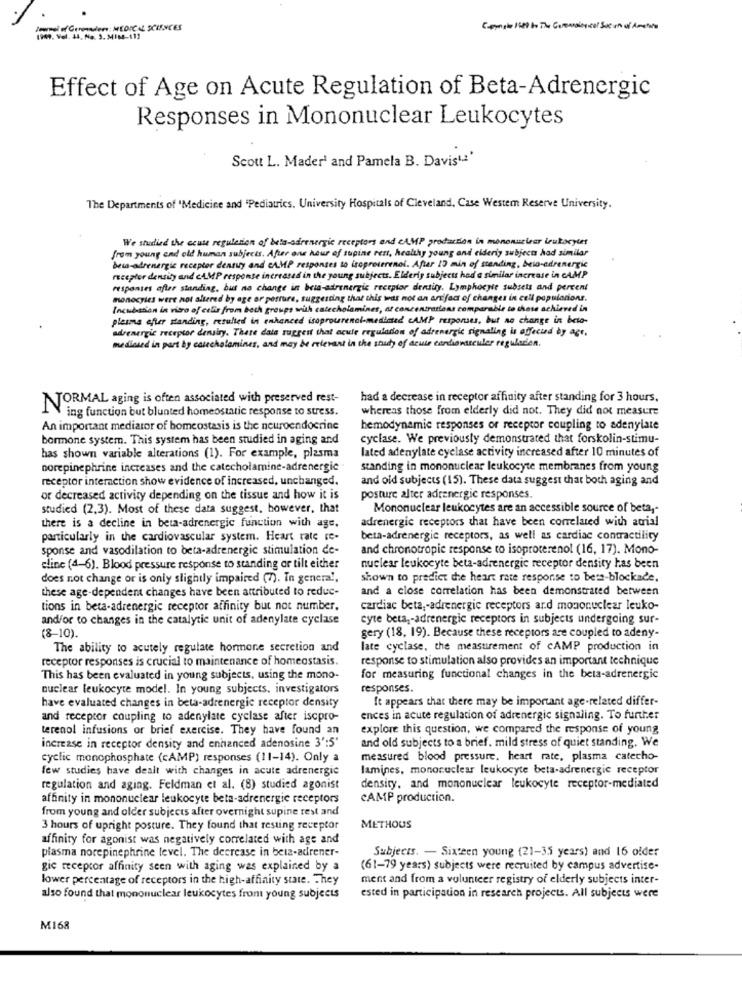
Journal of Geronnulers: MEDICAL SCIENCES
1949, Vol. 44, Na. 3. MIM-11]
Effect of Age on Acute Regulation of Beta-Adrenergic
Responses in Mononuclear Leukocytes
Scott L. Mader' and Pamela B. Davist.'
The Departments of 'Medicine and "Pediatrics. University Hospitals of Cleveland, Case Westem Reserve University.
We studied the seule regulation of beta-adrenergic receptors and CAMP production in mononuclear leukocytet
from young end old human subjects. After one hour of supine rett, healthy young and elderiy subjects had similar
beia-adrenergic receptor density and CAMP responses to isoproterenol. After 13 min of standing, beta-adrenergic
receptor density and cAMP response increased in the young subjects. Elderly subject hed a similar increase in CAMP
responses afler standing, but no change in beta-adrenergic receptor density. Lymphocyte subsets and percent
monocyics were not altered by age or posture, suggesting that this was not an arsifac of changes in cell populationr.
Incubation in vitro of colis from both groups with catecholamines, at concentrations comparable to those achieved in
plesma efter standing, resulted in enhanced isoprourenol-medimed cAMP responses, but no change in beta-
adrenergie receptor densiry. There dala suggest that acute regulation of adrenergic signaling is affecud by age,
medicied in part by catecholamines, and may be relevant in the study of deute cardientsculer regulacion
NORMAL aging is often associated with preserved rest-
had a decrease in receptor affinity after standing for 3 hours.
ing function but blunted homeostatic response to stress.
whereas those from elderly did not. They did not measure
An important mediator of homeostasis is the neuroendocrine
hemodynamic responses or receptor coupling to adenylate
bormone system. This system has been studied in aging and
cyclase. We previously demonstrated that forskolin-stimu-
lated adenylate cyclase activity increased after 10 minutes of
has shown variable alterations (1). For example, plasma
norepinephrine increases and the catecholamine-adrenergic .
standing in mononuclear leukocyte membranes from young
receptor interaction show evidence of increased, unchanged.
and old subjects (15). These data suggest that both aging and
or decreased activity depending on the tissue and how it is
posture alter adrenergic responses.
studied (2,3). Most of these data suggest, however, that
Mononuclear leukocytes are an accessible source of beta ,-
there is a decline in beta-adrenergic function with age,
adrenergie receptors that have been correlated with atrial
particularly in the cardiovascular system. Heart rate re-
beta-adrenergie receptors, as well as cardiac contractility
sponse and vasodilation to beta-adrenergic stimulation de-
and chronotropic response to isoproterenol (16, 17). Mono-
eline (4-6). Blood pressure response to standing ar tilt either
nuclear leukocyte beta-adrenergic receptor density has been
does not change or is only slightly impaired (7). In general,
shown to predict the heart rate response to bere-blockade.
these age-dependent changes have been attributed to reduc-
and a close correlation has been demonstrated between
tions in beta-adrenergic receptor affinity but not number.
cardiac beta ,- adrenergie receptors ard mononuclear leuko-
and/or to changes in the catalytic unit of adenylate cyclase
cyte beta-adrenergic receptors in subjects undergoing sur-
gery (18, 19). Because these receptors are coupled to adeny-
(8-10).
The ability to acutely regulate hormone secretion and
late cyclase, the measurement of CAMP production in
receptor responses is crucial to maintenance of homeostasis.
response to stimulation also provides an important technique
This has been evaluated in young subjects, using the mono-
for measuring functional changes in the beta-adrenergic
nuclear leukocyte model. In young subjects, investigators
responses.
have evaluated changes in beta-adrenergie receptor density
It appears that there may be important age-related differ-
and receptor coupling to adenylate cyclase after iscpro-
ences in acute regulation of adrenergic signaling. To further
terenol infusions or brief exercise. They have found an
explore this question, we compared the response of young
and old subjects to a brief. mild stress of quiet standing. We
increase in receptor density and enhanced adenosine 3':5"
cyclic monophosphate (cAMP) responses (11-14). Only a
measured blood pressure. heart rate, plasma catecho-
few studies have dealt with changes in acute adrenergic
lamines, mononuclear leukocyte beta-adrenergic receptor
regulation and aging. Feldman et al. (8) studied agonist
density, and mononuclear leukocyte receptor-mediated
affinity in mononuclear leukocyte beta-adrenergie receptors
CAMP production.
from young and older subjects after overnight supine rest and
3 hours of upright posture. They found that resting receptor
METHOUS
affinity for agonist was negatively correlated with age and
plasma norepinephrine level. The decrease in beta-adrener-
Subjects. - Sixteen young (21-35 years) and 16 older
gie receptor affinity seen with aging was explained by a
(61-79 years) subjects were recruited by campus advertise-
lower percentage of receptors in the high-affinity state. They
ment and from a volunteer registry of elderly subjects inter-
also found that mononuclear leukocytes front young subjects
ested in participation in research projects. All subjects were
M168